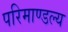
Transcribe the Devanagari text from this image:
परिमाण्डल्य